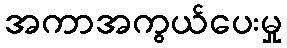
အကာအကွယ်ပေးမှု